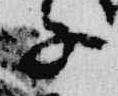
子